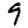
Digit: 9